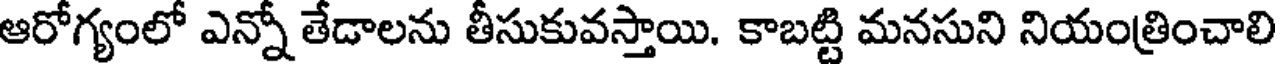
ఆరోగ్యంలో ఎన్నో తేడాలను తీసుకువస్తాయి. కాబట్టి మనసుని నియంత్రించాలి